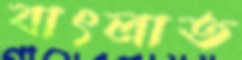
বাৎলাত